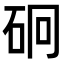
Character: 𥑎